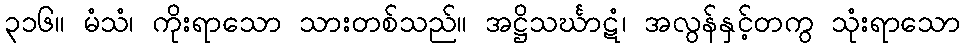
၃၁၆။ မံသံ၊ ကိုးရာသော သားတစ်သည်။ အဋ္ဌိသင်္ဃာဋံ၊ အလွန်နှင့်တကွ သုံးရာသော